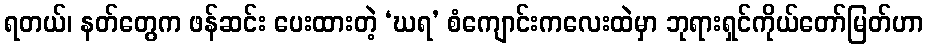
ရတယ်၊ နတ်တွေက ဖန်ဆင်း ပေးထားတဲ့ ‘ဃရ’ စံကျောင်းကလေးထဲမှာ ဘုရားရှင်ကိုယ်တော်မြတ်ဟာ